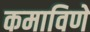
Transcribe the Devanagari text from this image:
कमाविणे